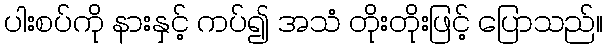
ပါးစပ်ကို နားနှင့် ကပ်၍ အသံ တိုးတိုးဖြင့် ပြောသည်။